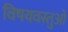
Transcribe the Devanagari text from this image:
विषयवस्तुओ